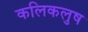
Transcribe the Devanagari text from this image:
कलिकलुष